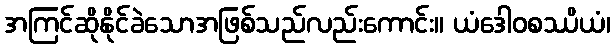
အကြင်ဆိုနိုင်ခဲသောအဖြစ်သည်လည်းကောင်း။ ယံဒေါဝစဿိယံ၊